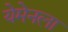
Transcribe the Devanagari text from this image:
येमेनला